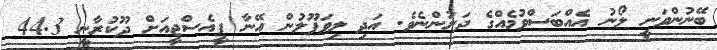
ބޭނުންވަނީ ލޯނު އެއްބަސްވުމެއްގެ ދަށުންނެވެ. އަދި ލިވަޕޫލުން އޭނާ ޕީއެސްޖީއަށް ދޫކުރާނީ 44.3